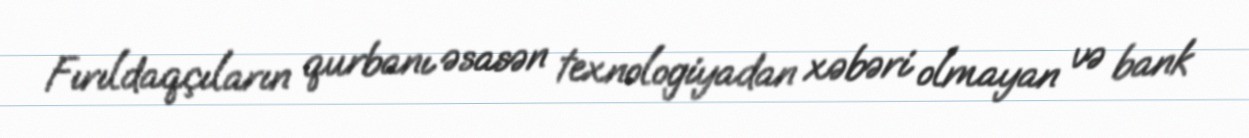
Fırıldaqçıların qurbanı əsasən texnologiyadan xəbəri olmayan və bank